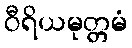
ဝီရိယမုတ္တမံ